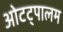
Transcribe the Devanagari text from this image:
ओटट्पालम